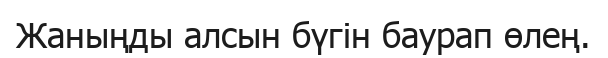
Жаныңды алсын бүгін баурап өлең.